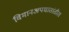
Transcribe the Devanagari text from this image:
विमानअपघातांतील